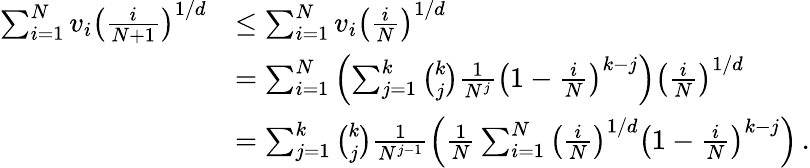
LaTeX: \begin{array}{rl}{\sum_{i=1}^{N}v_{i}\left(\frac{i}{N+1}\right)^{1/d}}&{\leq\sum_{i=1}^{N}v_{i}\left(\frac{i}{N}\right)^{1/d}}\\ &{=\sum_{i=1}^{N}\left(\sum_{j=1}^{k}{\binom{k}{j}}\frac{1}{N^{j}}\left(1-\frac{i}{N}\right)^{k-j}\right)\left(\frac{i}{N}\right)^{1/d}}\\ &{=\sum_{j=1}^{k}{\binom{k}{j}}\frac{1}{N^{j-1}}\left(\frac{1}{N}\sum_{i=1}^{N}\left(\frac{i}{N}\right)^{1/d}\left(1-\frac{i}{N}\right)^{k-j}\right)\, .}\end{array}